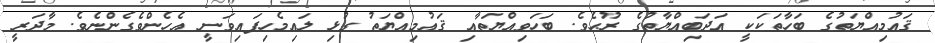
ޤައުމިއްޔަތުގެ ބަހާތަކަކީ އަދަބިއްޔާތުގެ ރޫޙެވެ. ބަހަވިއްޔަތާއި ޤައުމިއްޔަތު ގުޅި ލައިމެހިފައިވަނީ އެހެންވެގެންނެވެ. މާދަރީ